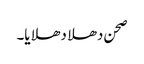
صحن دھلا دھلایا۔